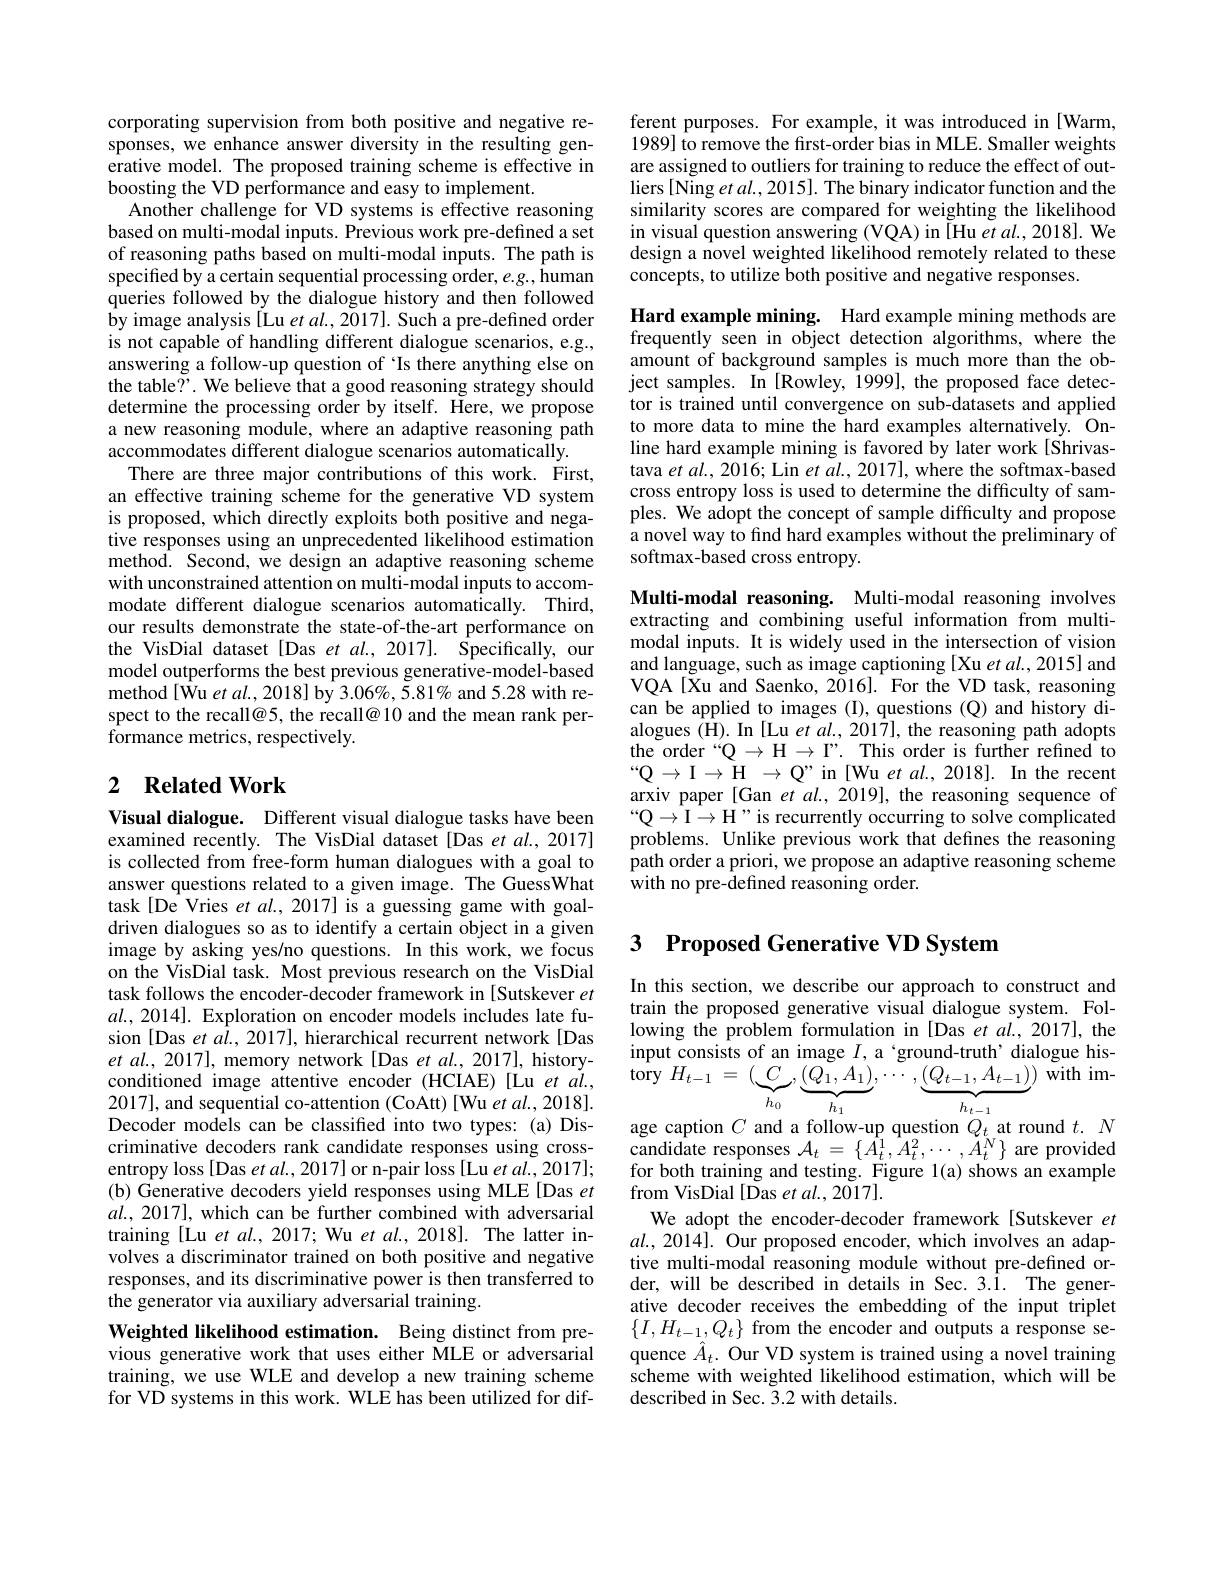
corporating supervision from both positive and negative responses, we enhance answer diversity in the resulting generative model. The proposed training scheme is effective in boosting the VD performance and easy to implement.
Another challenge for VD systems is effective reasoning based on multi-modal inputs. Previous work pre-defined a set of reasoning paths based on multi-modal inputs. The path is specified by a certain sequential processing order, $e.g.$,human queries followed by the dialogue history and then followed by image analysis [Lu et al., 2017]. Such a pre-defined order is not capable of handling different dialogue scenarios, e.g., answering a follow-up question of 'Is there anything else on the table?'. We believe that a good reasoning strategy should determine the processing order by itself. Here, we propose a new reasoning module, where an adaptive reasoning path accommodates different dialogue scenarios automatically.
There are three major contributions of this work. First, an effective training scheme for the generative VD system is proposed, which directly exploits both positive and negative responses using an unprecedented likelihood estimation method. Second, we design an adaptive reasoning scheme with unconstrained attention on multi-modal inputs to accommodate different dialogue scenarios automatically. Third, our results demonstrate the state-of-the-art performance on the VisDial dataset [Das et $al.,2017].$ Specifically, our model outperforms the best previous generative-model-based $\mathrm{method[Wu~et~al.,~2018]~by~3.06\%,~5.81%~and~5.28~with~re-}$ spect to the recall@5, the recall@10 and the mean rank performance metrics, respectively.

## 2 $\textbf{Related Work}$

Visual dialogue. Different visual dialogue tasks have been examined recently. The VisDial dataset [Das et al., 2017] is collected from free-form human dialogues with a goal to answer questions related to a given image. The GuessWhat task[De Vries et $al.,2017]$ is a guessing game with goaldriven dialogues so as to identify a certain object in a given image by asking yes/no questions. In this work, we focus on the VisDial task. Most previous research on the VisDial task follows the encoder-decoder framework in [Sutskever et $al.,2014].$ Exploration on encoder models includes late fusion [Das et al., 2017], hierarchical recurrent network[Das $et$ al., 2017], memory network[Das et al., 2017], historyconditioned image attentive encoder (HCIAE)[Lu et al., 2017], and sequential co-attention (CoAtt)[Wu et al., 2018]. Decoder models can be classified into two types: (a) Discriminative decoders rank candidate responses using crossentropy loss [Das et al., 2017] or n-pair loss [Lu et al., 2017]; (b) Generative decoders yield responses using MLE [Das et $al.,2017]$, which can be further combined with adversarial training [Lu et al., 2017; Wu et al., 2018]. The latter involves a discriminator trained on both positive and negative responses, and its discriminative power is then transferred to the generator via auxiliary adversarial training.
Weighted likelihood estimation. Being distinct from pre-

vious generative work that uses either MLE or adversarial training, we use WLE and develop a new training scheme for VD systems in this work. WLE has been utilized for dif-

ferent purposes. For example, it was introduced in[Warm, 1989] to remove the first-order bias in MLE. Smaller weights are assigned to outliers for training to reduce the effect of outliers[Ning et al., 2015]. The binary indicator function and the similarity scores are compared for weighting the likelihood in visual question answering (VQA) in [Hu et al., 2018]. We design a novel weighted likelihood remotely related to these concepts, to utilize both positive and negative responses.

Hard example mining. Hard example mining methods are frequently seen in object detection algorithms, where the amount of background samples is much more than the object samples. In [Rowley, 1999], the proposed face detector is trained until convergence on sub-datasets and applied to more data to mine the hard examples alternatively. Online hard example mining is favored by later work [Shrivastava $etal.,2016;$ Lin $et\textit{al. , 2017}] $, where the softmax-based cross entropy loss is used to determine the difficulty of samples. We adopt the concept of sample difficulty and propose a novel way to find hard examples without the preliminary of softmax-based cross entropy.

Multi-modal reasoning. Multi-modal reasoning involves extracting and combining useful information from multimodal inputs. It is widely used in the intersection of vision and language, such as image captioning [Xu $et$ al., 2015] and VQA[Xu and Saenko, 2016]. For the VD task, reasoning can be applied to images (I), questions (Q) and history dialogues (H). In [Lu et al., 2017], the reasoning path adopts the order "Q $\to\mathcal{H}\to\mathcal{P}.$ This order is further refined to $“\mathcal{Q}\rightarrow\mathcal{I}\rightarrow\mathcal{H}\rightarrow\mathbb{Q}”$ in [Wu et $al.,2018].$ In the recent arxiv paper [Gan et al., 2019], the reasoning sequence of $“Q\rightarrow I\rightarrow H”is$ recurrently occurring to solve complicated problems. Unlike previous work that defines the reasoning path order a priori, we propose an adaptive reasoning scheme with no pre-defined reasoning order.

## 3 Proposed Generative VD System

In this section, we describe our approach to construct and train the proposed generative visual dialogue system. Following the problem formulation in [Das et al., 2017], the input consists of an image $I$, a ‘ground-truth’ dialogue his- ${\mathrm{tory~}H_{t-1}~=~(\underbrace{C}_{h_{0}},\underbrace{(Q_{1},A_{1})}_{h_{1}},\cdots~,\underbrace{(Q_{t-1},A_{t-1})}_{h_{t-1}})~{\mathrm{with~im}}}$

age caption $C$ and a follow-up question $Q_t$ at round $t.N$ $\hat{\text{candidate responses}}\mathcal{A}_{t}=\{\hat{A}_{t}^{1},\hat{A}_{t}^{2},\cdots,\tilde{A}_{t}^{N}\}$are provided for both training and testing. Figure l(a) shows an example from VisDial [Das et al., 2017].
We adopt the encoder-decoder framework[Sutskever et $al.,2014].$ Our proposed encoder, which involves an adaptive multi-modal reasoning module without pre-defined order, will be described in details in Sec. 3.1. The generative decoder receives the embedding of the input triplet $\{I,H_{t-1},Q_{t}\}$ from the encoder and outputs a response sequence $\hat{A}_t.$ Our VD system is trained using a novel training scheme with weighted likelihood estimation, which will be described in Sec. 3.2 with details